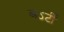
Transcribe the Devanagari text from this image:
बऽर्टी